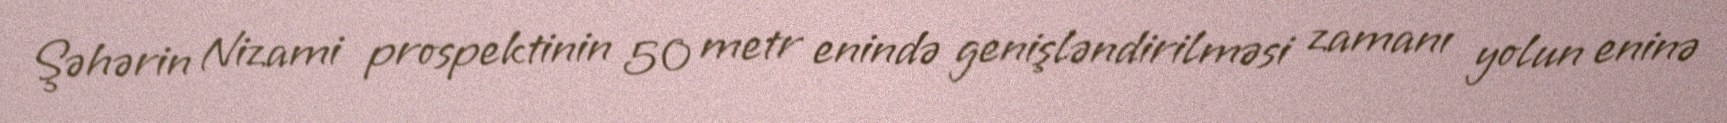
Şəhərin Nizami prospektinin 50 metr enində genişləndirilməsi zamanı yolun eninə